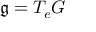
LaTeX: { \mathfrak { g } } = T _ { e } G